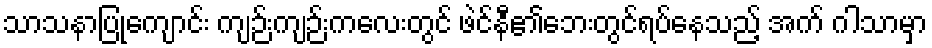
သာသနာပြုကျောင်း ကျဉ်းကျဉ်းကလေးတွင် ဖဲင်နီ၏ဘေးတွင်ရပ်နေသည့် အက် ဂါသာမှာ